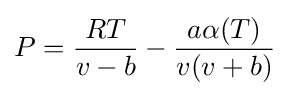
P={\frac {RT}{v-b}}-{\frac {a\alpha (T)}{v(v+b)}}